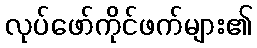
လုပ်ဖော်ကိုင်ဖက်များ၏